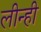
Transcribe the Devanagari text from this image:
लीन्‍ही